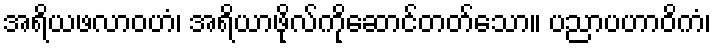
အရိယဖလာဝဟံ၊ အရိယာဖိုလ်ကိုဆောင်တတ်သော။ ပညာပဟာဝိကံ၊